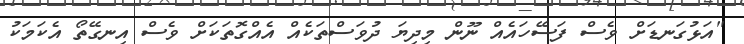
"އަޅުގަނޑަށް ވެސް ފަސޭހައެއް ނޫން މިދިޔަ ދުވަސްތަކެއް އެއްގޮތަކަށް ވެސް އިނގޭތޯ އެކަމަކު